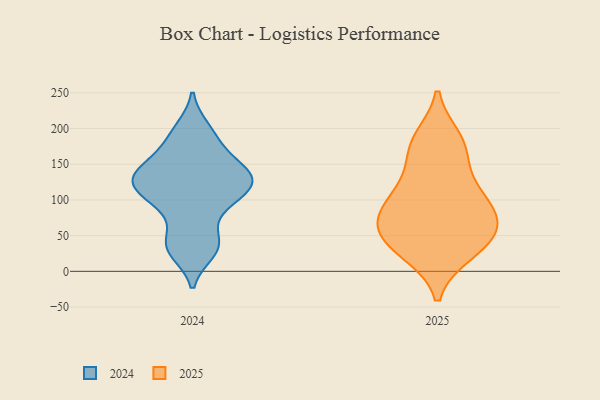
{"axis": {"x": "Demand Index", "y": "Value"}, "legend": ["2024", "2025"], "data": [{"x": "", "y": 200, "type": "2024"}, {"x": "", "y": 136, "type": "2024"}, {"x": "", "y": 96, "type": "2024"}, {"x": "", "y": 116, "type": "2024"}, {"x": "", "y": 90, "type": "2024"}, {"x": "", "y": 183, "type": "2024"}, {"x": "", "y": 119, "type": "2024"}, {"x": "", "y": 144, "type": "2024"}, {"x": "", "y": 159, "type": "2024"}, {"x": "", "y": 132, "type": "2024"}, {"x": "", "y": 35, "type": "2024"}, {"x": "", "y": 46, "type": "2024"}, {"x": "", "y": 125, "type": "2024"}, {"x": "", "y": 27, "type": "2024"}, {"x": "", "y": 74, "type": "2025"}, {"x": "", "y": 100, "type": "2025"}, {"x": "", "y": 185, "type": "2025"}, {"x": "", "y": 57, "type": "2025"}, {"x": "", "y": 129, "type": "2025"}, {"x": "", "y": 65, "type": "2025"}, {"x": "", "y": 167, "type": "2025"}, {"x": "", "y": 107, "type": "2025"}, {"x": "", "y": 91, "type": "2025"}, {"x": "", "y": 26, "type": "2025"}, {"x": "", "y": 28, "type": "2025"}, {"x": "", "y": 179, "type": "2025"}, {"x": "", "y": 41, "type": "2025"}, {"x": "", "y": 59, "type": "2025"}]}